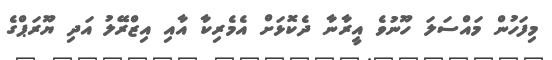
މިފަހުން މައްސަލަ ހޫނުވެ އީރާނާ ދެކޮޅަށް އެމެރިކާ އާއި އިޒްރޭލު އަދި ޔޫރަޕްގެ